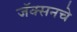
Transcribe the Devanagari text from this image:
जॅक्सनचे